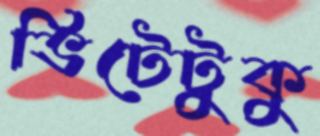
ভিটেটুকু